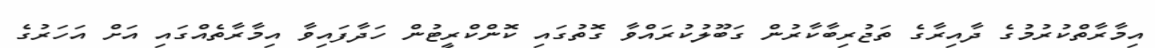
އިމާރާތްކުރުމުގެ ދާއިރާގެ ތަޖުރިބާކާރުން ގަބޫލުކުރައްވާ ގޮތުގައި ކޮންކްރީޓުން ހަދާފައިވާ އިމާރާތެއްގައި އަށް އަހަރުގެ